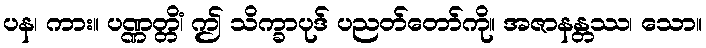
ပန၊ ကား။ ပဏ္ဏတ္တိံ၊ ဤ သိက္ခာပုဒ် ပညတ်တော်ကို။ အဇာနန္တဿ၊ သော။